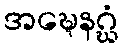
အဍ္ဎေနဂ္ဃံ